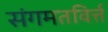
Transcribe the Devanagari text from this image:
संगमतविर्त्त